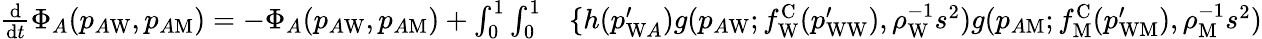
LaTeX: \begin{array}{rl}{\frac{\mathrm{d}}{\mathrm{d}t}\Phi_{A}(p_{A\mathrm{W}},p_{A\mathrm{M}})=-\Phi_{A}(p_{A\mathrm{W}},p_{A\mathrm{M}})+\int_{0}^{1}\int_{0}^{1}}&{{}\{ h(p_{\mathrm{W}A}^{\prime})g(p_{A\mathrm{W}};f_{\mathrm{W}}^{\mathrm{C}}(p_{\mathrm{WW}}^{\prime}),\rho_{\mathrm{W}}^{-1}s^{2})g(p_{A\mathrm{M}};f_{\mathrm{M}}^{\mathrm{C}}(p_{\mathrm{WM}}^{\prime}),\rho_{\mathrm{M}}^{-1}s^{2})}\end{array}